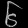
Digit: ၆